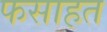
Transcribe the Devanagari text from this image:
फसाहत